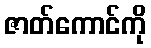
ဇာတ်ကောင်ကို